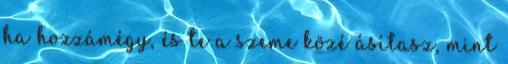
ha hozzámégy, és te a szeme közé ásítasz, mint